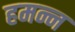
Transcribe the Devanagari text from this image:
हमन्न